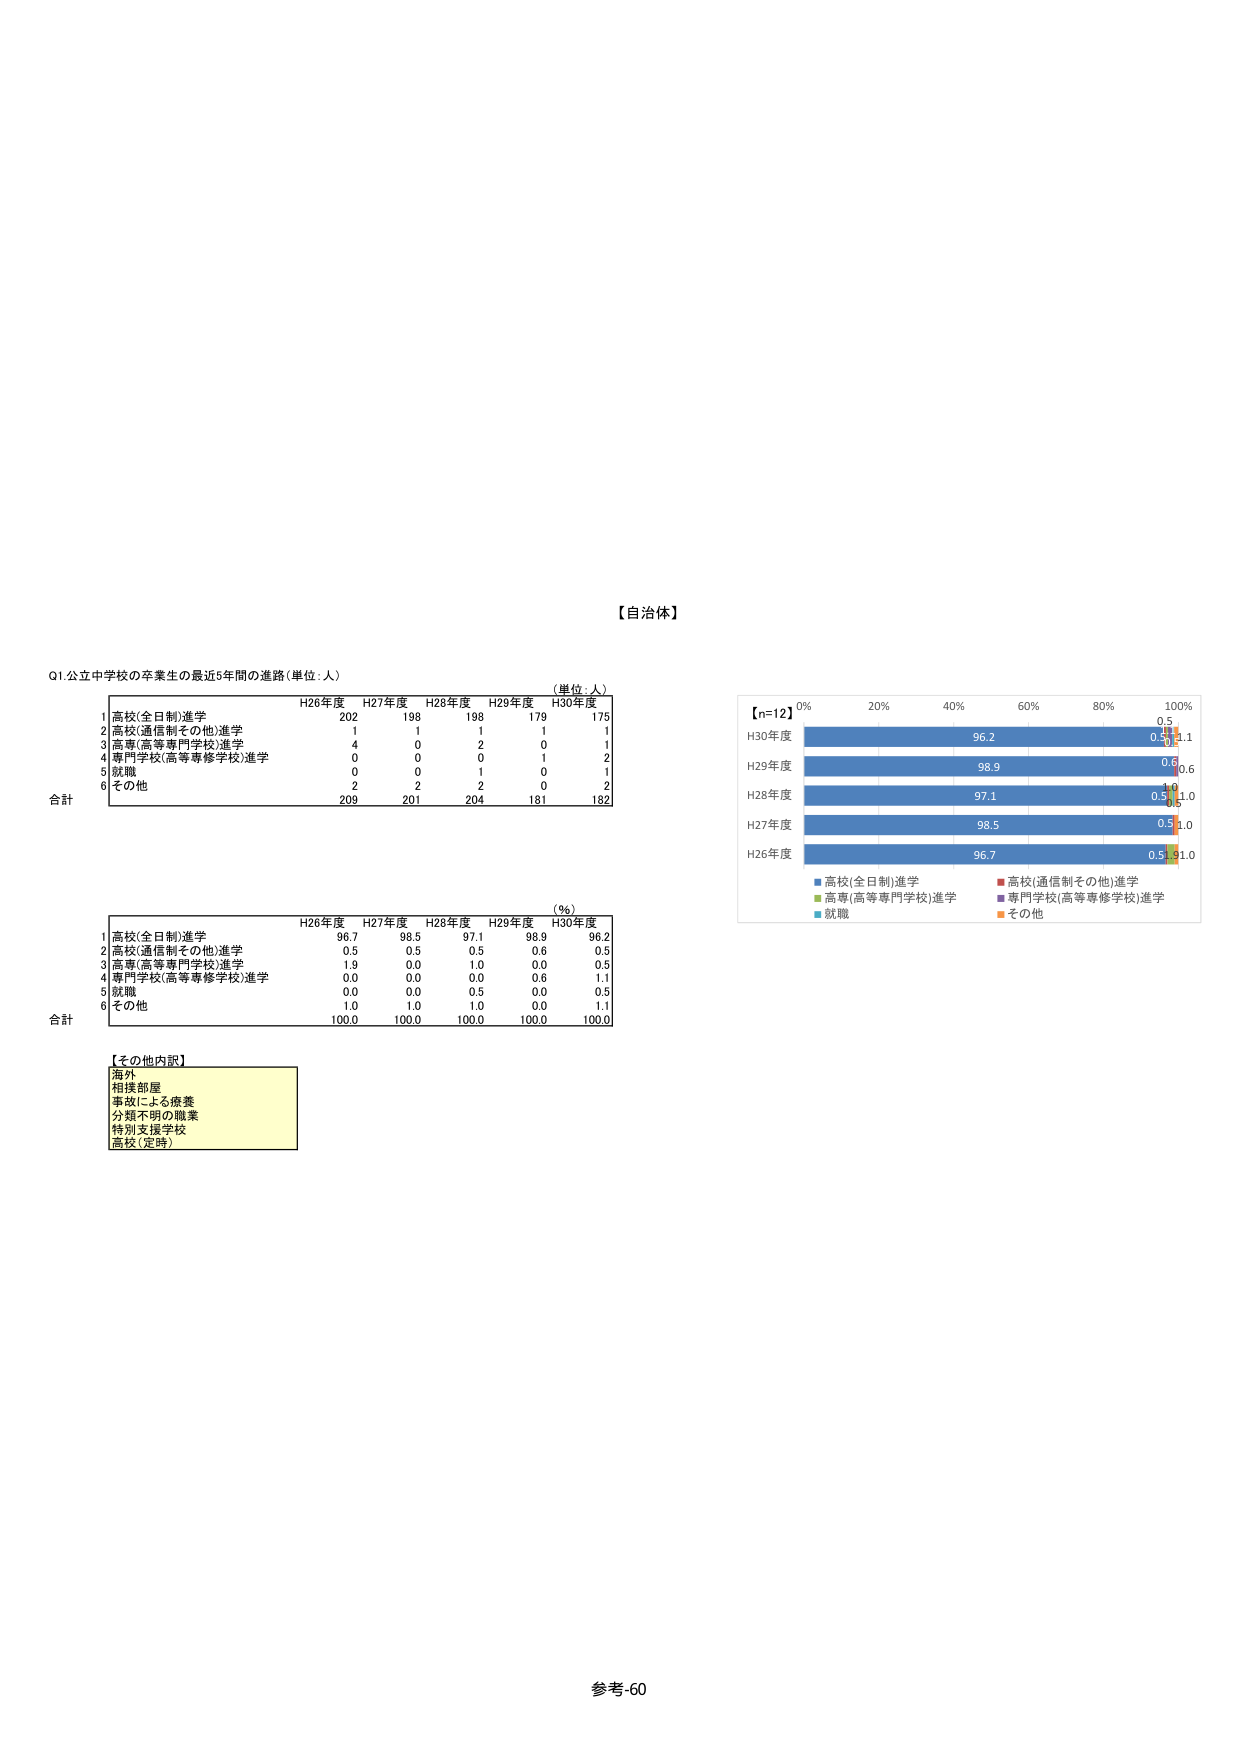
【自治体】

Q1 公立中学校の卒業生の最近5年間の進路（単位：人）

（単位：人）
H26年度 H27年度 H28年度 H29年度 H30年度
1 高校(全日制)進学 202 198 198 179 176
2 高校(通信制その他)進学 1 1 1 1 1
3 高専(高等専門学校)進学 4 0 2 0 1
4 専門学校(高等専修学校)進学 0 0 0 1 2
5 就職 0 0 1 0 1
6 その他 2 2 2 0 2
合計 209 201 204 181 182

（%）
H26年度 H27年度 H28年度 H29年度 H30年度
1 高校(全日制)進学 96.7 98.5 97.1 98.9 96.2
2 高校(通信制その他)進学 0.5 0.5 0.5 0.6 0.5
3 高専(高等専門学校)進学 1.9 0.0 1.0 0.0 0.5
4 専門学校(高等専修学校)進学 0.0 0.0 0.0 0.6 1.1
5 就職 0.0 0.0 0.5 0.0 0.5
6 その他 1.0 1.0 1.0 0.0 1.1
合計 100.0 100.0 100.0 100.0 100.0

【その他内訳】
海外
相接部屋
事故による療養
分類不明の職業
特別支援学校
高校（定時）

【n=12】
0% 20% 40% 60% 80% 100%
H30年度 96.2 0.5 0.5 1.1
H29年度 98.9 0.6 0.6
H28年度 97.1 0.5 1.0
H27年度 98.5 0.5 1.0
H26年度 96.7 0.5 1.0

■高校(全日制)進学
■高校(通信制その他)進学
■高専(高等専門学校)進学
■専門学校(高等専修学校)進学
■就職
■その他

参考-60